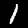
Label: 1